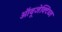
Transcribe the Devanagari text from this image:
ऑवूजेक्टिव्ज